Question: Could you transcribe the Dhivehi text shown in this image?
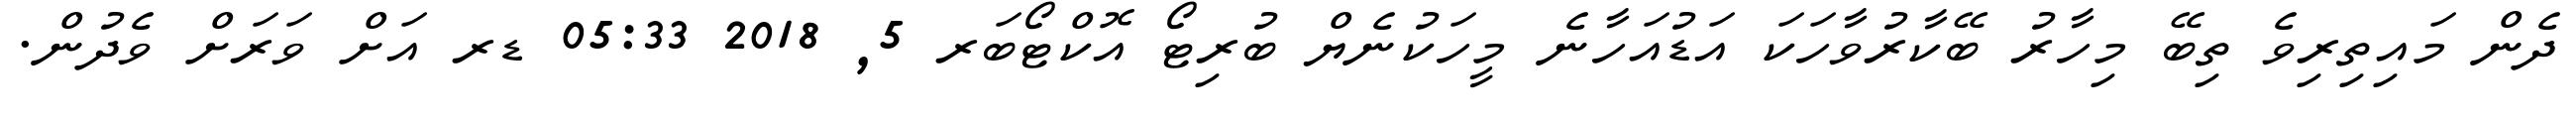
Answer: ދެން މައިތިރިވެ ތިބޭ މިހާރު ބޭކާރުވާހަކަ އަޑުއަހާނެ މީހަކުނެޔް ބުރިޓޯ އޮކްޓޯބަރ 5, 2018 05:33 ޑރ އަށް ވަރަށް ވެދުން.